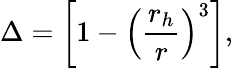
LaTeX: \Delta=\left[1-\left({\frac{r_{h}}{r}}\right)^{3}\right],